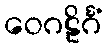
ဝေဂဠိင်္ဂံ